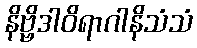
နိဗ္ဗိဒါဝိရာဂါနိသံသံ